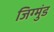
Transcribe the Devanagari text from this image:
जिग्मुंड